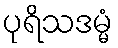
ပုရိသဒမ္မံ